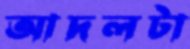
আদলটা